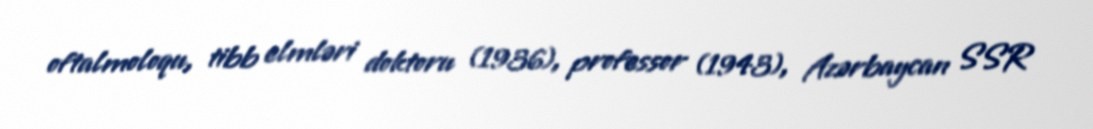
oftalmoloqu, tibb elmləri doktoru (1936), professor (1943), Azərbaycan SSR